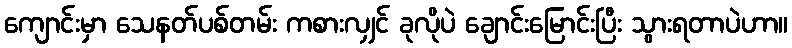
ကျောင်းမှာ သေနတ်ပစ်တမ်း ကစားလျှင် ခုလိုပဲ ချောင်းမြောင်းပြီး သွားရတာပဲဟာ။